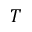
T